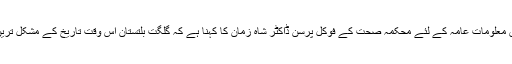
کورونا وائرس سے متعلق معلومات عامہ کے لئے محکمہ صحت کے فوکل پرسن ڈاکٹر شاہ زمان کا کہنا ہے کہ گلگت بلتستان اس وقت تاریخ کے مشکل ترین وقت سے گزررہا ہے ۔